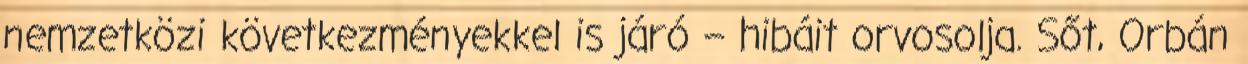
nemzetközi következményekkel is járó – hibáit orvosolja. Sőt, Orbán